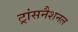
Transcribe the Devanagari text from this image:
ट्रांसनैशनल